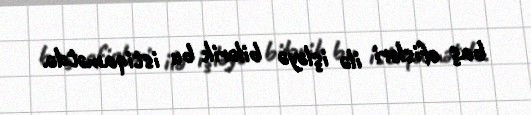
baş ofisləri ilə işləyə bilərik bu istiqamətdə.